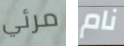
مرئي نام